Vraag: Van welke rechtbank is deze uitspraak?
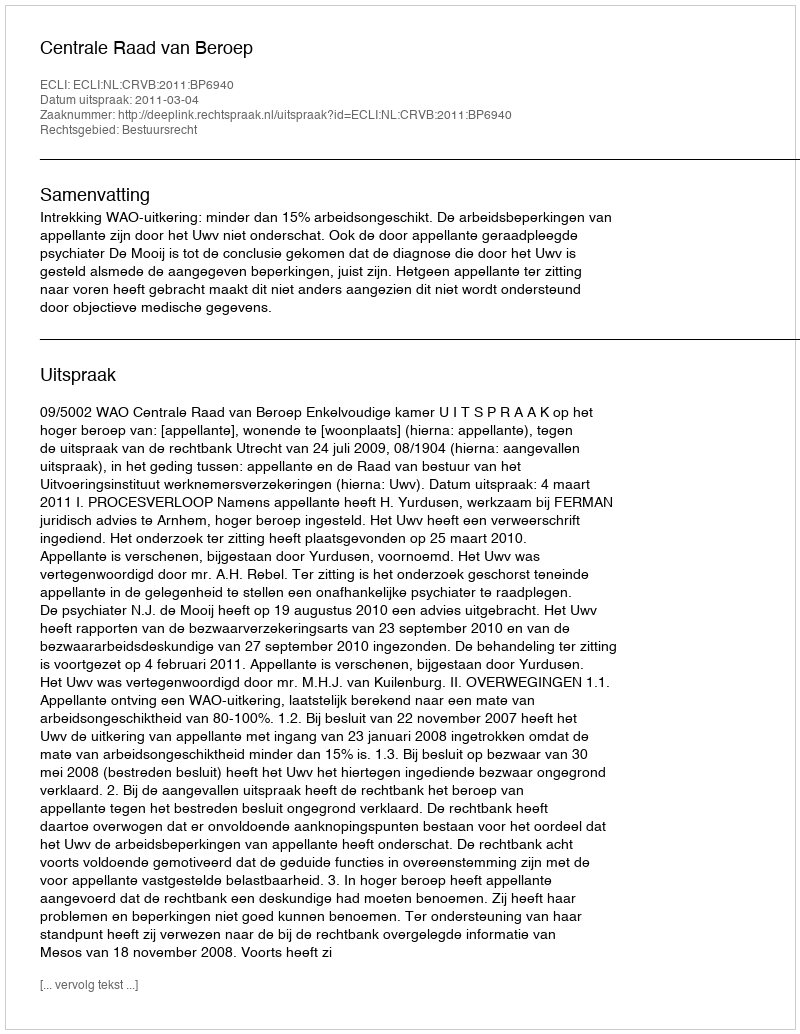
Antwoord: Centrale Raad van Beroep